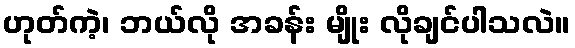
ဟုတ်ကဲ့၊ ဘယ်လို အခန်း မျိုး လိုချင်ပါသလဲ။